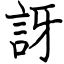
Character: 訝